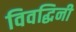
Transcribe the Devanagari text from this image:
विवद्धिनी